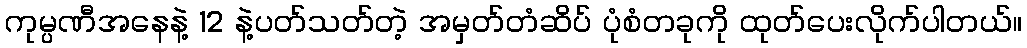
ကုမ္ပဏီအနေနဲ့ 12 နဲ့ပတ်သတ်တဲ့ အမှတ်တံဆိပ် ပုံစံတခုကို ထုတ်ပေးလိုက်ပါတယ်။